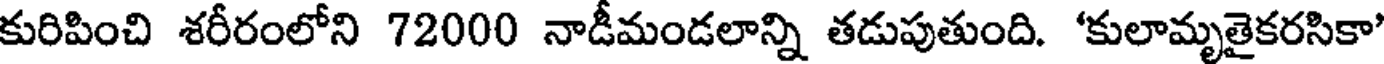
కురిపించి శరీరంలోని 72000 నాడీమండలాన్ని తడుపుతుంది. 'కులామృతైకరసికా'